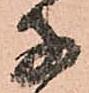
子